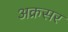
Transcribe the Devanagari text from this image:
अक्रसर